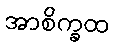
အာစိက္ခထ